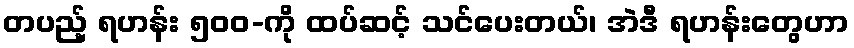
တပည့် ရဟန်း ၅၀၀-ကို ထပ်ဆင့် သင်ပေးတယ်၊ အဲဒီ ရဟန်းတွေဟာ